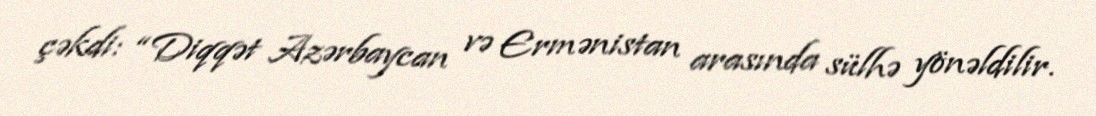
çəkdi: “Diqqət Azərbaycan və Ermənistan arasında sülhə yönəldilir.